Elephants and their diseases
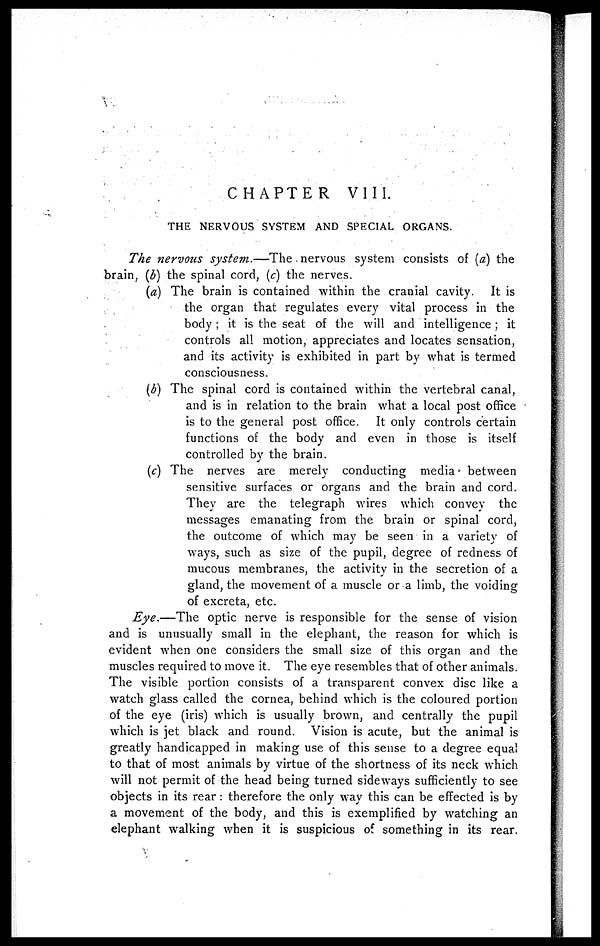
CHAPTER
VIII.
THE NERVOUS SYSTEM AND SPECIAL ORGANS.
The nervous system.—The . nervous system consists of (a) the
brain, (b) the spinal cord, (c) the nerves.
(a) The brain is contained within the cranial cavity. It is
the organ that regulates every vital process in the
body ; it is the seat of the will and intelligence ; it
controls all motion, appreciates and locates sensation,
and its activity is exhibited in part by what is termed
consciousness.
(b) The spinal cord is contained within the vertebral canal,
and is in relation to the brain what a local post office
is to the general post office. It only controls certain
functions of the body and even in those is itself
controlled by the brain.
(c) The nerves are merely conducting media between
sensitive surfaces or organs and the brain and cord.
They are the telegraph wires which convey the
messages emanating from the brain or spinal cord,
the outcome of which may be seen in a variety of
ways, such as size of the pupil, degree of redness of
mucous membranes, the activity in the secretion of a
gland, the movement of a muscle or a limb, the voiding
of excreta, etc.
Eye.—The optic nerve is responsible for the sense of vision
and is unusually small in the elephant, the reason for which is
evident when one considers the small size of this organ and the
muscles required to move it. The eye resembles that of other animals.
The visible portion consists of a transparent convex disc like a
watch glass called the cornea, behind which is the coloured portion
of the eye (iris) which is usually brown, and centrally the pupil
which is jet black and round. Vision is acute, but the animal is
greatly handicapped in making use of this sense to a degree equal
to that of most animals by virtue of the shortness of its neck which
will not permit of the head being turned sideways sufficiently to see
objects in its rear: therefore the only way this can be effected is by
a movement of the body, and this is exemplified by watching an
elephant walking when it is suspicious of something in its rear.